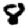
Digit: 8